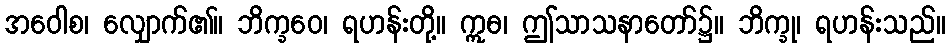
အဝေါစ၊ လျှောက်၏။ ဘိက္ခဝေ၊ ရဟန်းတို့။ ဣဓ၊ ဤသာသနာတော်၌။ ဘိက္ခု၊ ရဟန်းသည်။